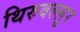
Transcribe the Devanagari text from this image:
थिरुवल्लुर